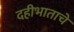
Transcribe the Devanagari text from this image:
दहीभाताचे